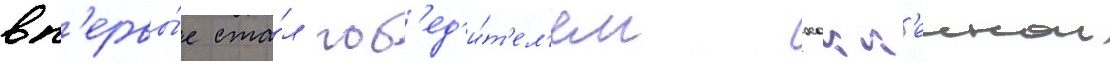
вп'ервы́е ста́л поб'ед'и́т'ел'ем хокк'еинои